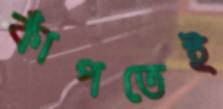
কাঁপতেই